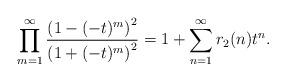
LaTeX: \begin{align*} \prod_{m=1}^{\infty} \frac{\left( 1 -(-t)^m \right)^2}{\left( 1 + (-t)^m \right)^2} = 1+\sum_{n=1}^{\infty} r_2(n) t^n.\end{align*}